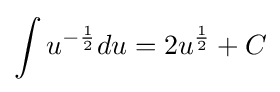
\int u^{-{\frac {1}{2}}}du=2u^{\frac {1}{2}}+C